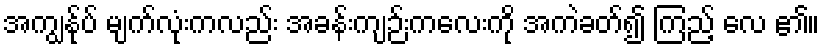
အကျွန်ုပ် မျက်လုံးကလည်း အခန်းကျဉ်းကလေးကို အကဲခတ်၍ ကြည့် လေ ၏။